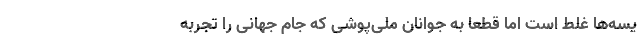
یسه‌ها غلط است اما قطعاً به جوانان ملی‌پوشی که جام جهانی را تجربه